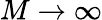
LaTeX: M\to\infty